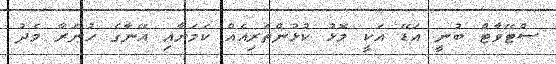
ސްޓޭވާޓް ބުނީ އަޑޭ އަކީ މޮޅު ކުޅުންތެރިއެއް ކަމަށާއި އޭނާގެ ހުނަރާ މެދު